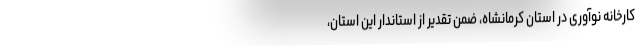
کارخانه نوآوری در استان کرمانشاه، ضمن تقدیر از استاندار این استان،